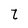
Character: t